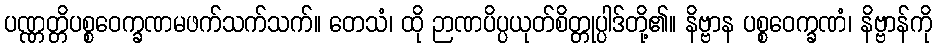
ပဏ္ဏတ္တိပစ္စဝေက္ခဏမဖက်သက်သက်။ တေသံ၊ ထို ဉာဏပိပ္ပယုတ်စိတ္တုပ္ပါဒ်တို့၏။ နိဗ္ဗာန ပစ္စဝေက္ခဏံ၊ နိဗ္ဗာန်ကို